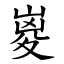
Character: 嵏